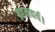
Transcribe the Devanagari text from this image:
ब्रहमचर्य।